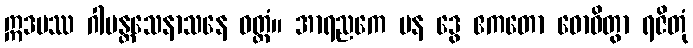
ဣဒမဿ ဂါမန္တသေနာသနေ ဝတ္တံ။ အာရညကေ ပန ဒွေ ဧကတော ဓောဝိတွာ ရဇိတုံ